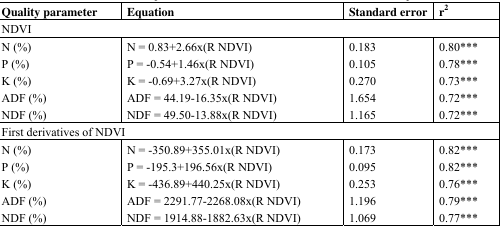
<table><thead><tr><td><b>Quality parameter</b></td><td><b>Equation</b></td><td><b>Standard error</b></td><td><b>r<sup>2</sup></b></td></tr></thead><tbody><tr><td colspan="4">NDVI</td></tr><tr><td>N (%)</td><td>N = 0.83+2.66×(R NDVI)</td><td>0.183</td><td>0.80***</td></tr><tr><td>P (%)</td><td>P = -0.54+1.46×(R NDVI)</td><td>0.105</td><td>0.78***</td></tr><tr><td>K (%)</td><td>K = -0.69+3.27×(R NDVI)</td><td>0.270</td><td>0.73***</td></tr><tr><td>ADF (%)</td><td>ADF = 44.19-16.35×(R NDVI)</td><td>1.654</td><td>0.72***</td></tr><tr><td>NDF (%)</td><td>NDF = 49.50-13.88×(R NDVI)</td><td>1.165</td><td>0.72***</td></tr><tr><td colspan="4">First derivatives of NDVI</td></tr><tr><td>N (%)</td><td>N = -350.89+355.01×(R NDVI)</td><td>0.173</td><td>0.82***</td></tr><tr><td>P (%)</td><td>P = -195.3+196.56×(R NDVI)</td><td>0.095</td><td>0.82***</td></tr><tr><td>K (%)</td><td>K = -436.89+440.25×(R NDVI)</td><td>0.253</td><td>0.76***</td></tr><tr><td>ADF (%)</td><td>ADF = 2291.77-2268.08×(R NDVI)</td><td>1.196</td><td>0.79***</td></tr><tr><td>NDF (%)</td><td>NDF = 1914.88-1882.63×(R NDVI)</td><td>1.069</td><td>0.77***</td></tr></tbody></table>